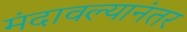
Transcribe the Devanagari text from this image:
मंदावल्यानंतर